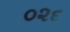
૦૨૬